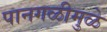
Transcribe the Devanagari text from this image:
पानगळीमुळे